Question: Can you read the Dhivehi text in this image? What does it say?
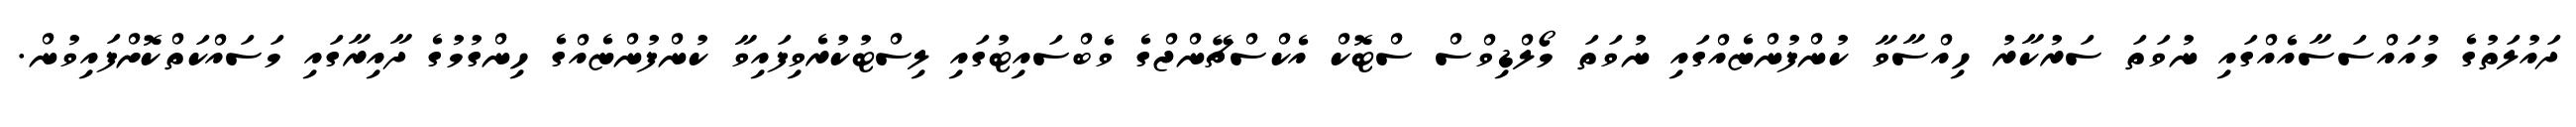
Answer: ދައުލަތުގެ މުއައްސަސާއެއްގައި ނުވަތަ ސަރުކާރު ހިއްސާވާ ކުންފުންޏެއްގައި ނުވަތަ މޯލްޑިވްސް ސްޓޮކް އެކްސްޗޭންޖްގެ ވެބްސައިޓުގައި ލިސްޓުކުރެވިފައިވާ ކުންފުންޏެއްގެ ހިންގުމުގެ ދާއިރާގައި މަސައްކަތްކޮށްފައިވުން.